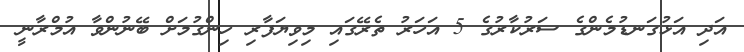
އަދި އަޅުގަނޑުމެންގެ ސަރުކާރުގެ 5 އަހަރު ތެރޭގައި މިވިޔަފާރި ހިންގުމަށް ބޭނުންވާ އުމްރާނީ